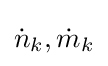
{\dot {n}}_{k},{\dot {m}}_{k}